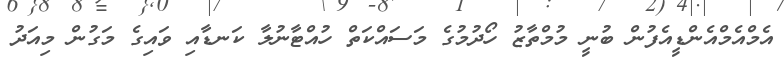
އެމްއެމްއެންޑީއެފުން ބުނީ މުމްތާޒު ހޯދުމުގެ މަސައްކަތް ހުއްޓާނުލާ ކަނޑާއި ވައިގެ މަގުން މިއަދު